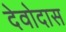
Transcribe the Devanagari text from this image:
देवोदास